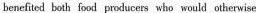
benefited both food producers who would othetwise